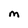
Character: M